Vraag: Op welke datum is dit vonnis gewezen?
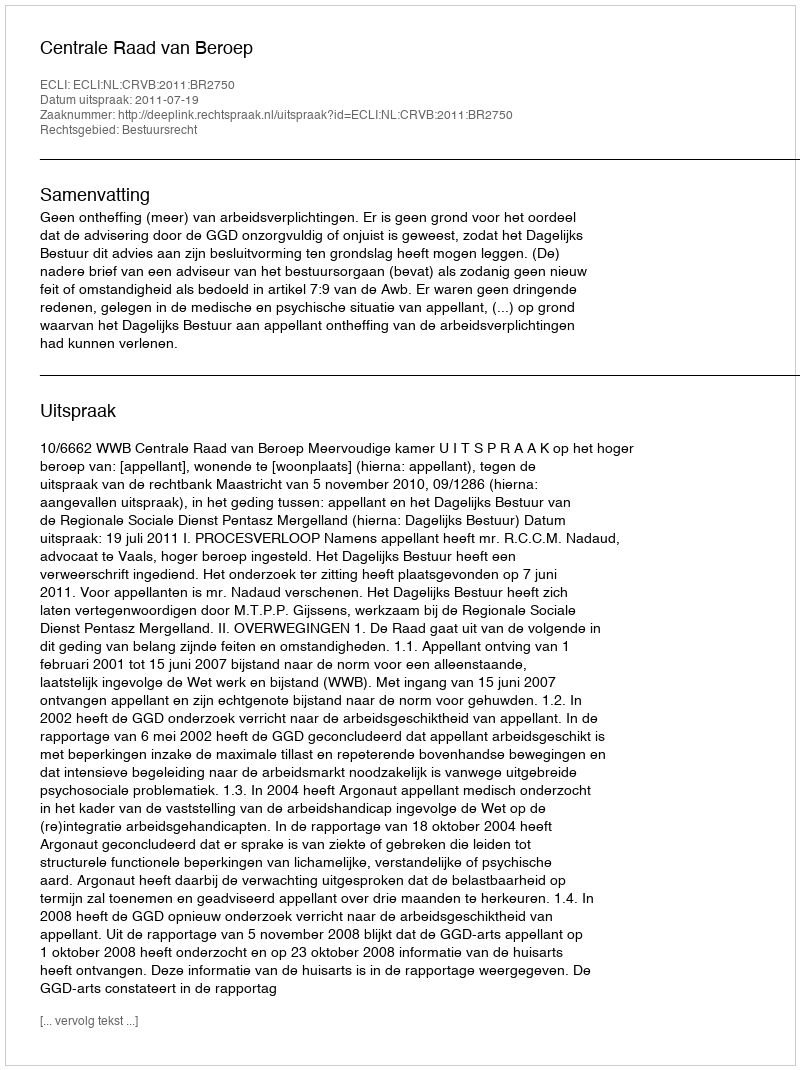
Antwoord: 2011-07-19